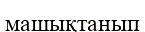
машықтанып